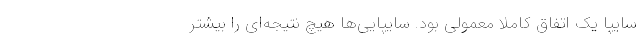
سایپا یک اتفاق کاملاً معمولی بود. سایپایی‌ها هیچ نتیجه‌ای را بیشتر